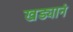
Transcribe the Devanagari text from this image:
खड्यानं